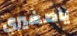
ياصغيري